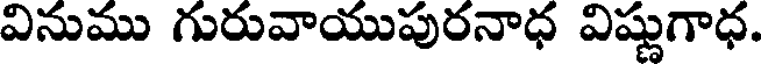
వినుము గురువాయుపురనాధ విష్ణుగాధ.